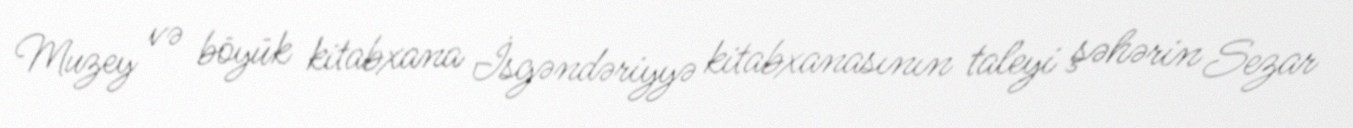
Muzey və böyük kitabxana İsgəndəriyyə kitabxanasının taleyi şəhərin Sezar